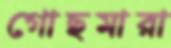
গোছমারা